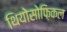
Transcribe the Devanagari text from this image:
थियोसोफ़िकल